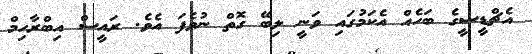
އެޗްޑީސީގެ ބަހެއް އެކަމުގައި ވަނީ ލިބޭ ގޮތް ނުވެފަ އެވެ. ރައީސް އިބްރާހިމް